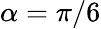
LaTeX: \alpha=\pi/6